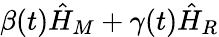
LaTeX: \beta(t)\hat{H}_{M}+\gamma(t)\hat{H}_{R}